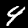
Digit: 4